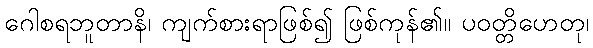
ဂေါစရဘူတာနိ၊ ကျက်စားရာဖြစ်၍ ဖြစ်ကုန်၏။ ပဝတ္တိဟေတု၊